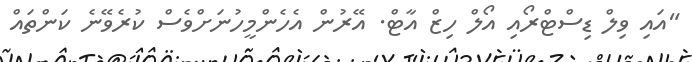
"އައި ވިލް ޑިސްޓްރޯއި އޯލް ހިޒް އާޓް. އޭރުން އެހެންމީހުނަށްވެސް ކުރެވޭނެ ކަންތައް